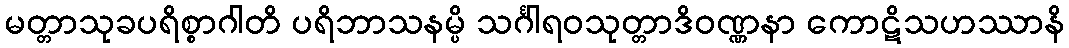
မတ္တာသုခပရိစ္စာဂါတိ ပရိဘာသနမ္ပိ သင်္ဂါရဝသုတ္တာဒိဝဏ္ဏနာ ကောဋိသဟဿာနိ